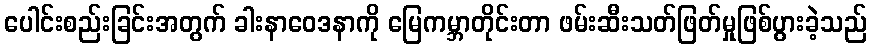
ပေါင်းစည်းခြင်းအတွက် ခါးနာဝေဒနာကို မြေကမ္ဘာတိုင်းတာ ဖမ်းဆီးသတ်ဖြတ်မှုဖြစ်ပွားခဲ့သည်